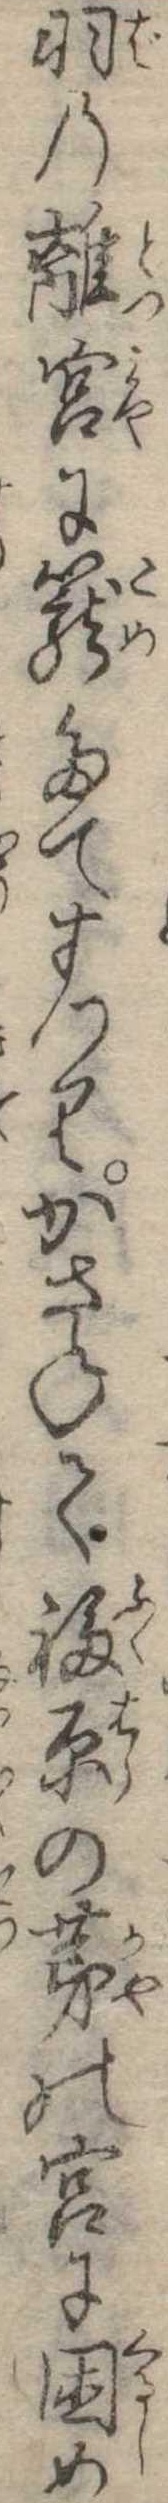
羽の離宮に篭たてまつりかさねて福原の茅の宮に困め